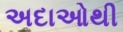
અદાઓથી